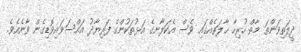
ދީލަތިވަންތަ މާތް ހުރިހާ ޙާލަތެއްގައި ވެސް އެކަލާނގެ އަޅުތަކުންގެ ފަރިޔާދު އައްސަވައިވޮޑިގެން ވާނެއެވެ.